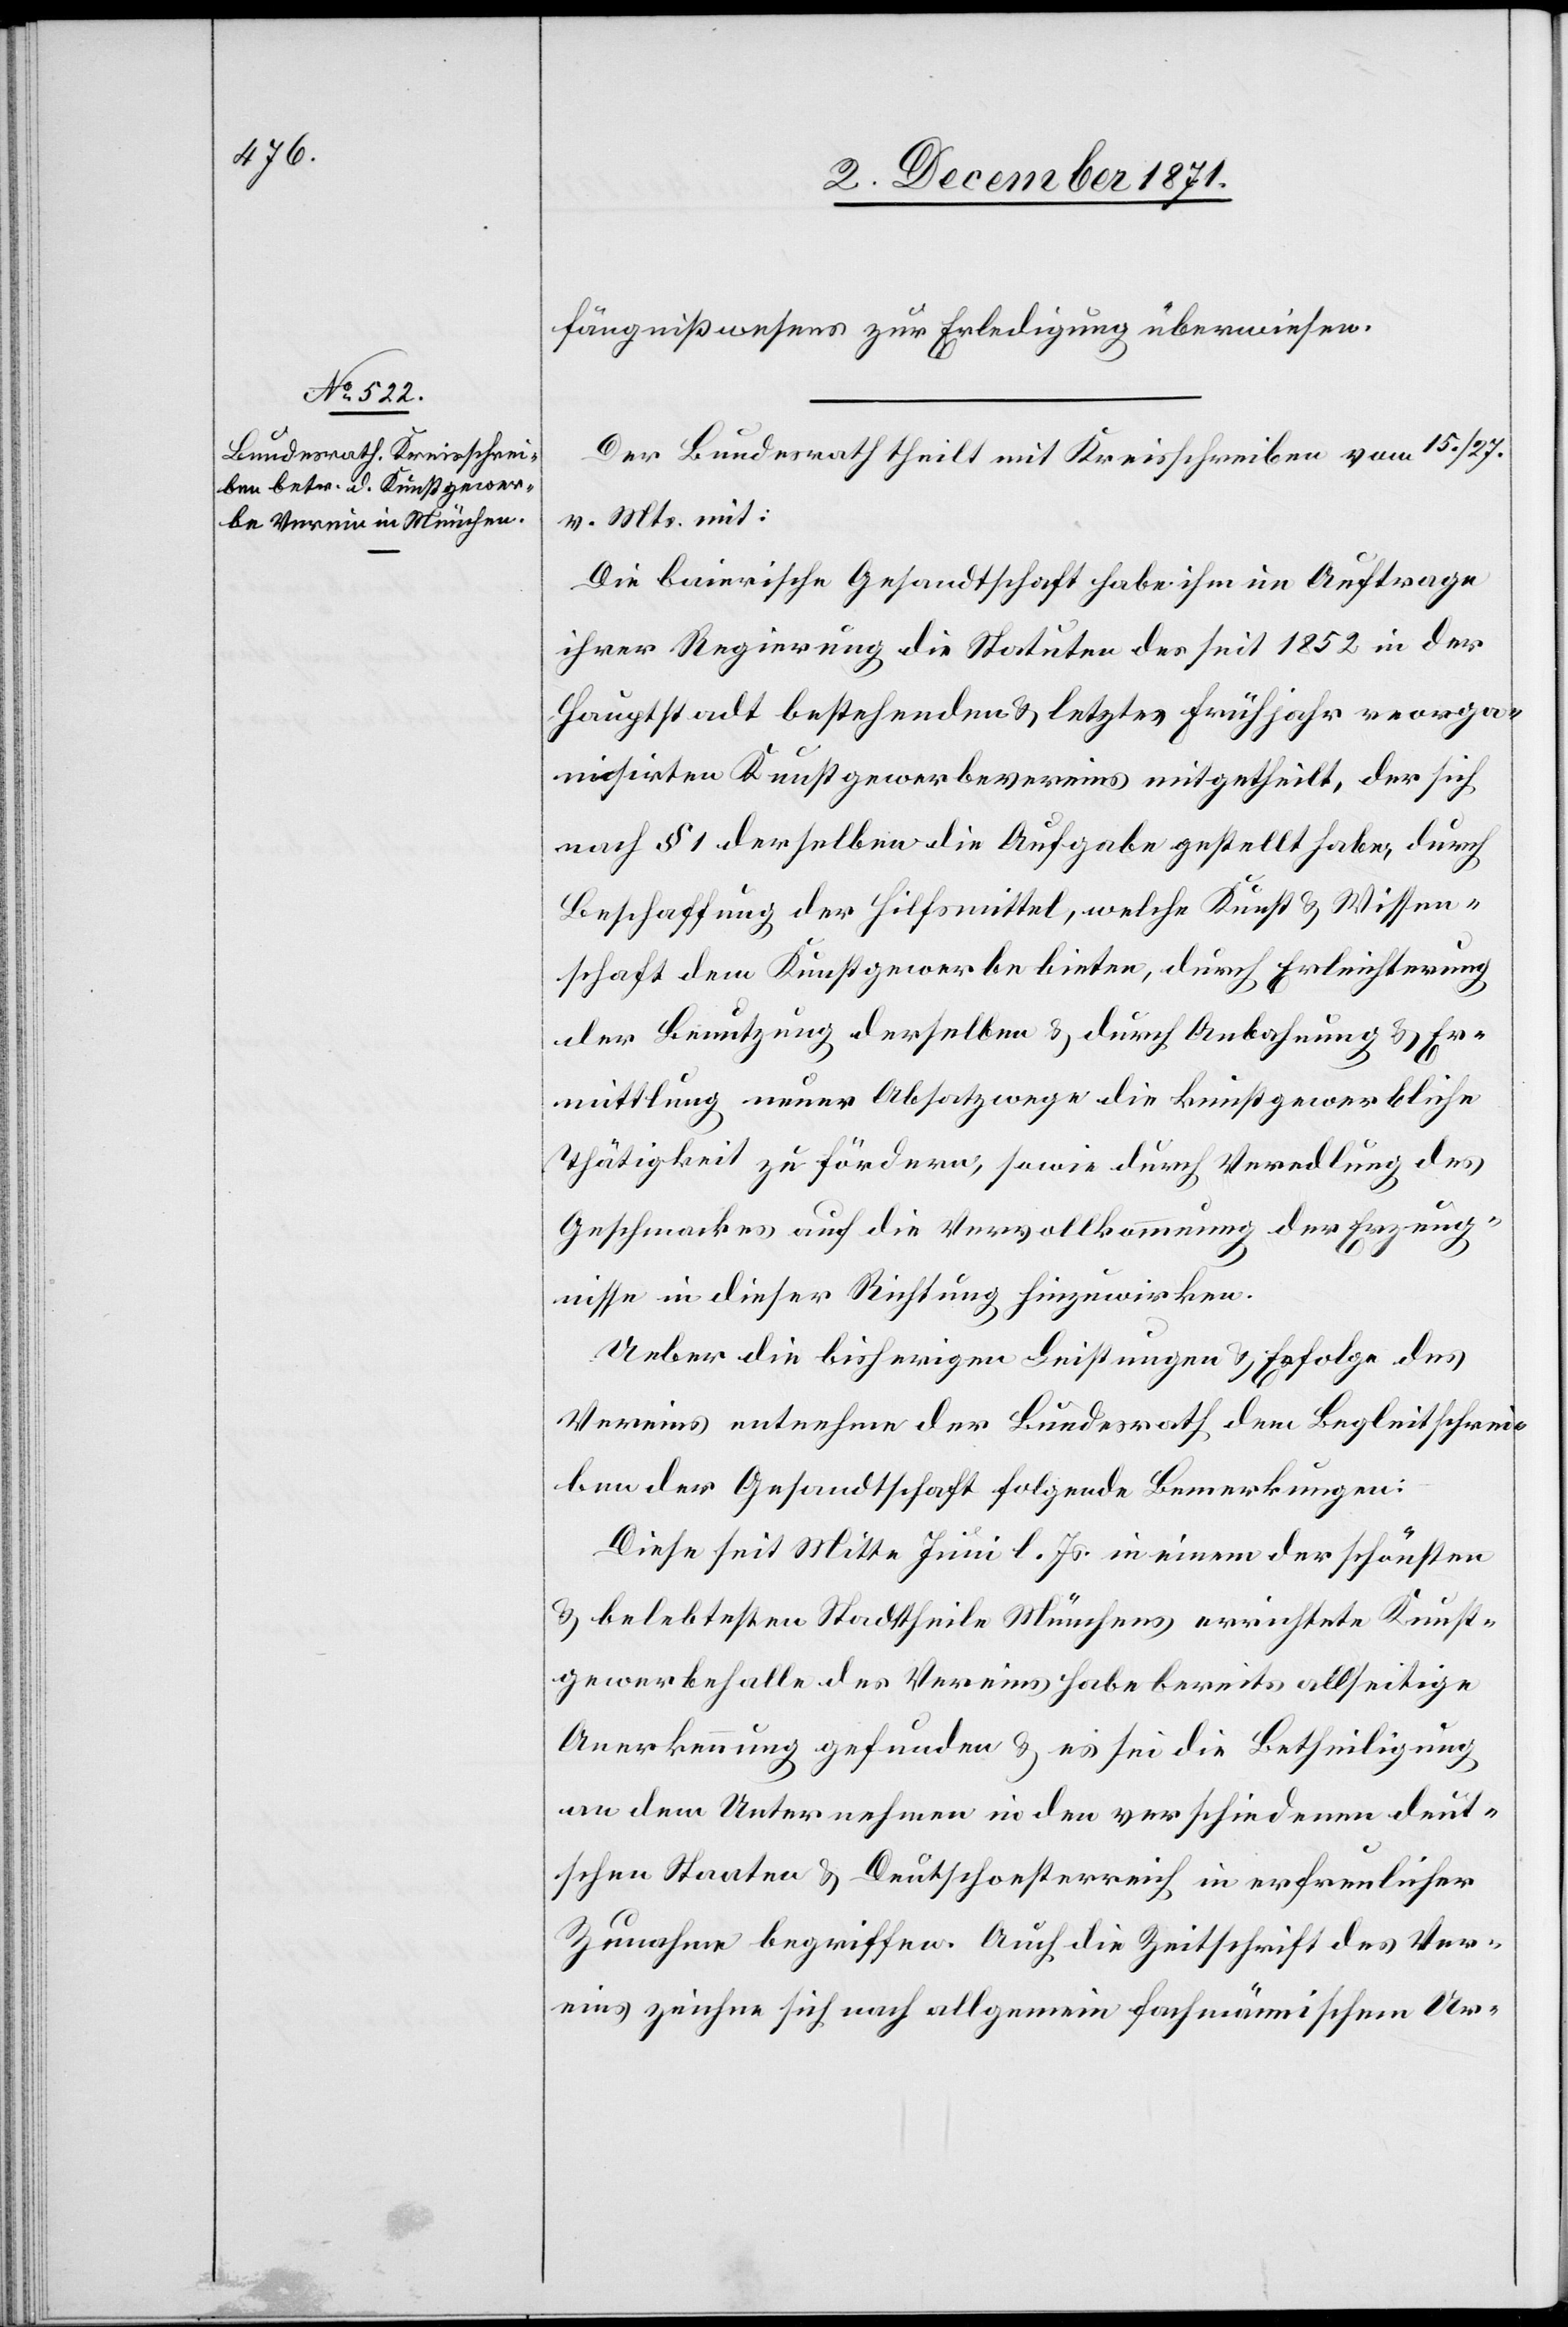
fängnißwesens zur Erledigung überwiesen.
Der Bundesrath theilt mit Kreisschreiben vom 15. / 27.
v. Mts. mit:
Die baierische Gesandtschaft habe ihm im Auftrage
ihrer Regierung die Statuten des seit 1852 in der
Hauptstadt bestehenden & letztes Frühjahr reorga¬
nisirten Kunstgewerbevereins mitgetheilt, der sich
nach § 1 derselben die Aufgabe gestellt habe, durch
Beschaffung der Hilfsmittel, welche Kunst & Wissen¬
schaft dem Kunstgewerbe bieten, durch Erleichterung
der Benutzung derselben & durch Anbahnung & Er¬
mittlung neuer Absatzwege die kunstgewerbliche
Thätigkeit zu fördern, sowie durch Veredlung des
Geschmackes auf die Vervollkommnung der Erzeug¬
nisse in dieser Richtung hinzuwirken.
Ueber die bisherigen Leistungen & Erfolge des
Vereins entnehme der Bundesrath dem Begleitschrei¬
ben der Gesandtschaft folgende Bemerkungen:
Diese seit Juni l. Js. in einem der schönsten
& belebtesten Stadttheile Münchens errichtete Kunst¬
gewerbehalle des Vereins habe bereits allseitige
Anerkennung gefunden & es sei die Betheiligung
an dem Unternehmen in den verschiedenen deut¬
schen Staaten & Deutschoesterreich in erfreulicher
Zunahme begriffen. Auch die Zeitschrift des Ver¬
eins zeichne sich nach allgemein fachmännischem Ur-